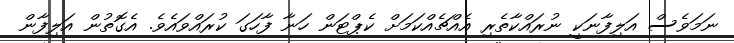
ނަމަވެސް އަލިފާނަކީ ނުރައްކާތެރި އެއްޗެއްކަމަށް ކެޕްޓަން ހަނާ ފާހަގަ ކުރައްވައެވެ. އެގޮތުން އަލިފާން